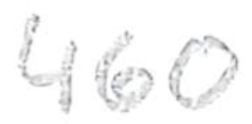
Text: 460
Cross-out: clean
Writing tool: pencil